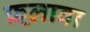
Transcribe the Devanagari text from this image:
फ़्लावा